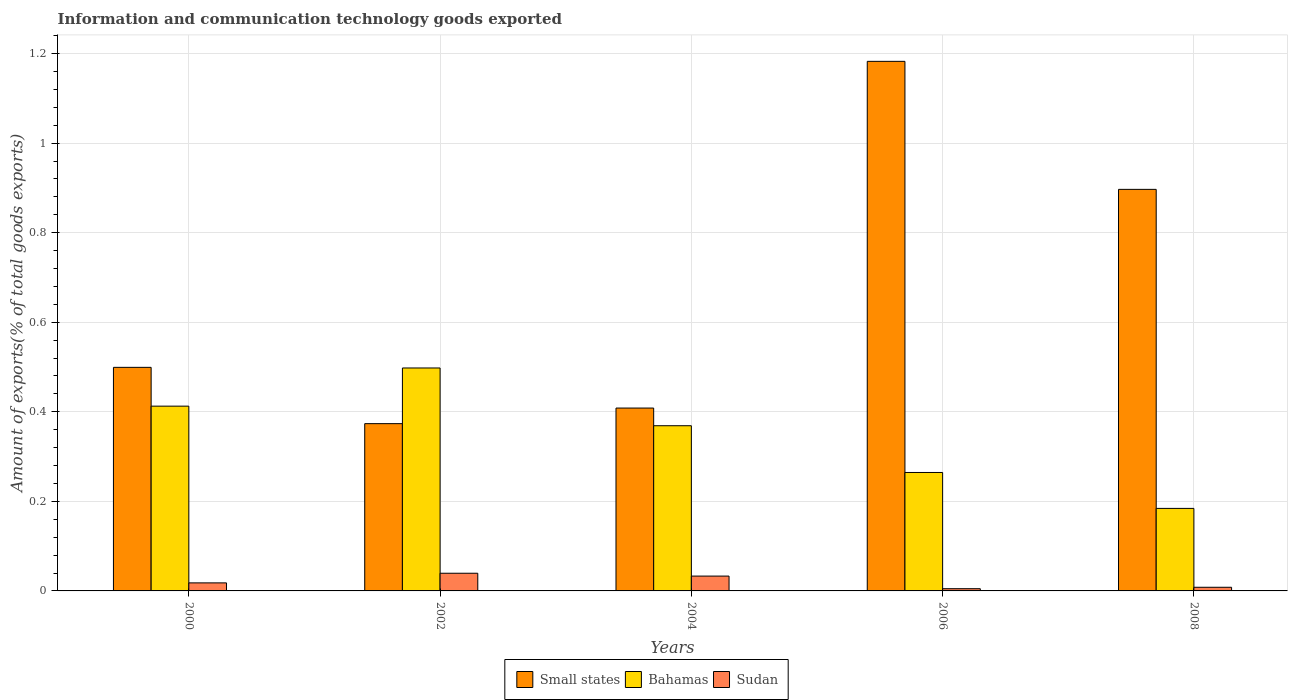
| Years | Small states | Bahamas | Sudan |
 | --- | --- | --- | --- |
 | 2000 | 0.499 | 0.413 | 0.018 |
 | 2002 | 0.374 | 0.498 | 0.0395 |
 | 2004 | 0.408 | 0.369 | 0.0331 |
 | 2006 | 1.18 | 0.265 | 0.00496 |
 | 2008 | 0.897 | 0.184 | 0.00816 |